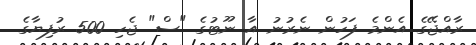
ރާއްޖޭގެ އެންމެ ފަހުން ނެރުނު އާ ނޫޓުގެ "ސް" ޖެހި 500 ރުފިޔާގެ